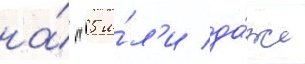
на́ "5 и́л'и да́же